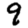
Digit: 9